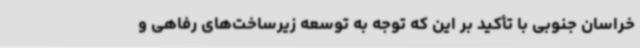
خراسان جنوبی با تأکید بر این که توجه به توسعه زیرساخت‌های رفاهی و